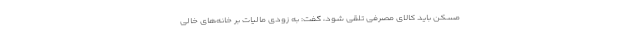
مسکن باید کالای مصرفی تلقی شود، گفت: به زودی مالیات بر خانه‌های خالی